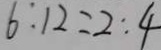
6 : 1 2 = 2 : 4